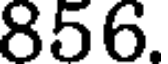
856.